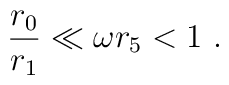
\frac{r_0}{r_1} \ll \omega r_5 <1~.